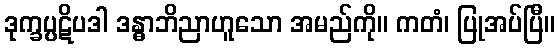
ဒုက္ခပ္ပဋိပဒါ ဒန္ဓာဘိညာဟူသော အမည်ကို။ ကတံ၊ ပြုအပ်ပြီ။